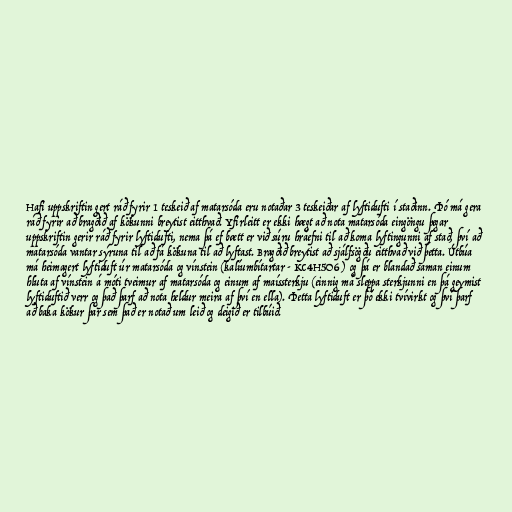
Hafi uppskriftin gert ráð fyrir 1 teskeið af matarsóda eru notaðar 3 teskeiðar af lyftidufti í staðinn. Þó má gera
ráð fyrir að bragðið af kökunni breytist eitthvað. Yfirleitt er ekki hægt að nota matarsóda eingöngu þegar
uppskriftin gerir ráð fyrir lyftidufti, nema þá ef bætt er við súru hráefni til að koma lyftingunni af stað, því að
matarsóda vantar sýruna til að fá kökuna til að lyftast. Bragðið breytist að sjálfsögðu eitthvað við þetta. Útbúa
má heimagert lyftiduft úr matarsóda og vínstein (kalíumbítartar - KC4H5O6 ) og þá er blandað saman einum
hluta af vínstein á móti tveimur af matarsóda og einum af maíssterkju (einnig má sleppa sterkjunni en þá geymist
lyftiduftið verr og það þarf að nota heldur meira af því en ella). Þetta lyftiduft er þó ekki tvívirkt og því þarf
að baka kökur þar sem það er notað um leið og deigið er tilbúið.